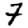
Digit: 7